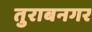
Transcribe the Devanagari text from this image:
तुराबनगर